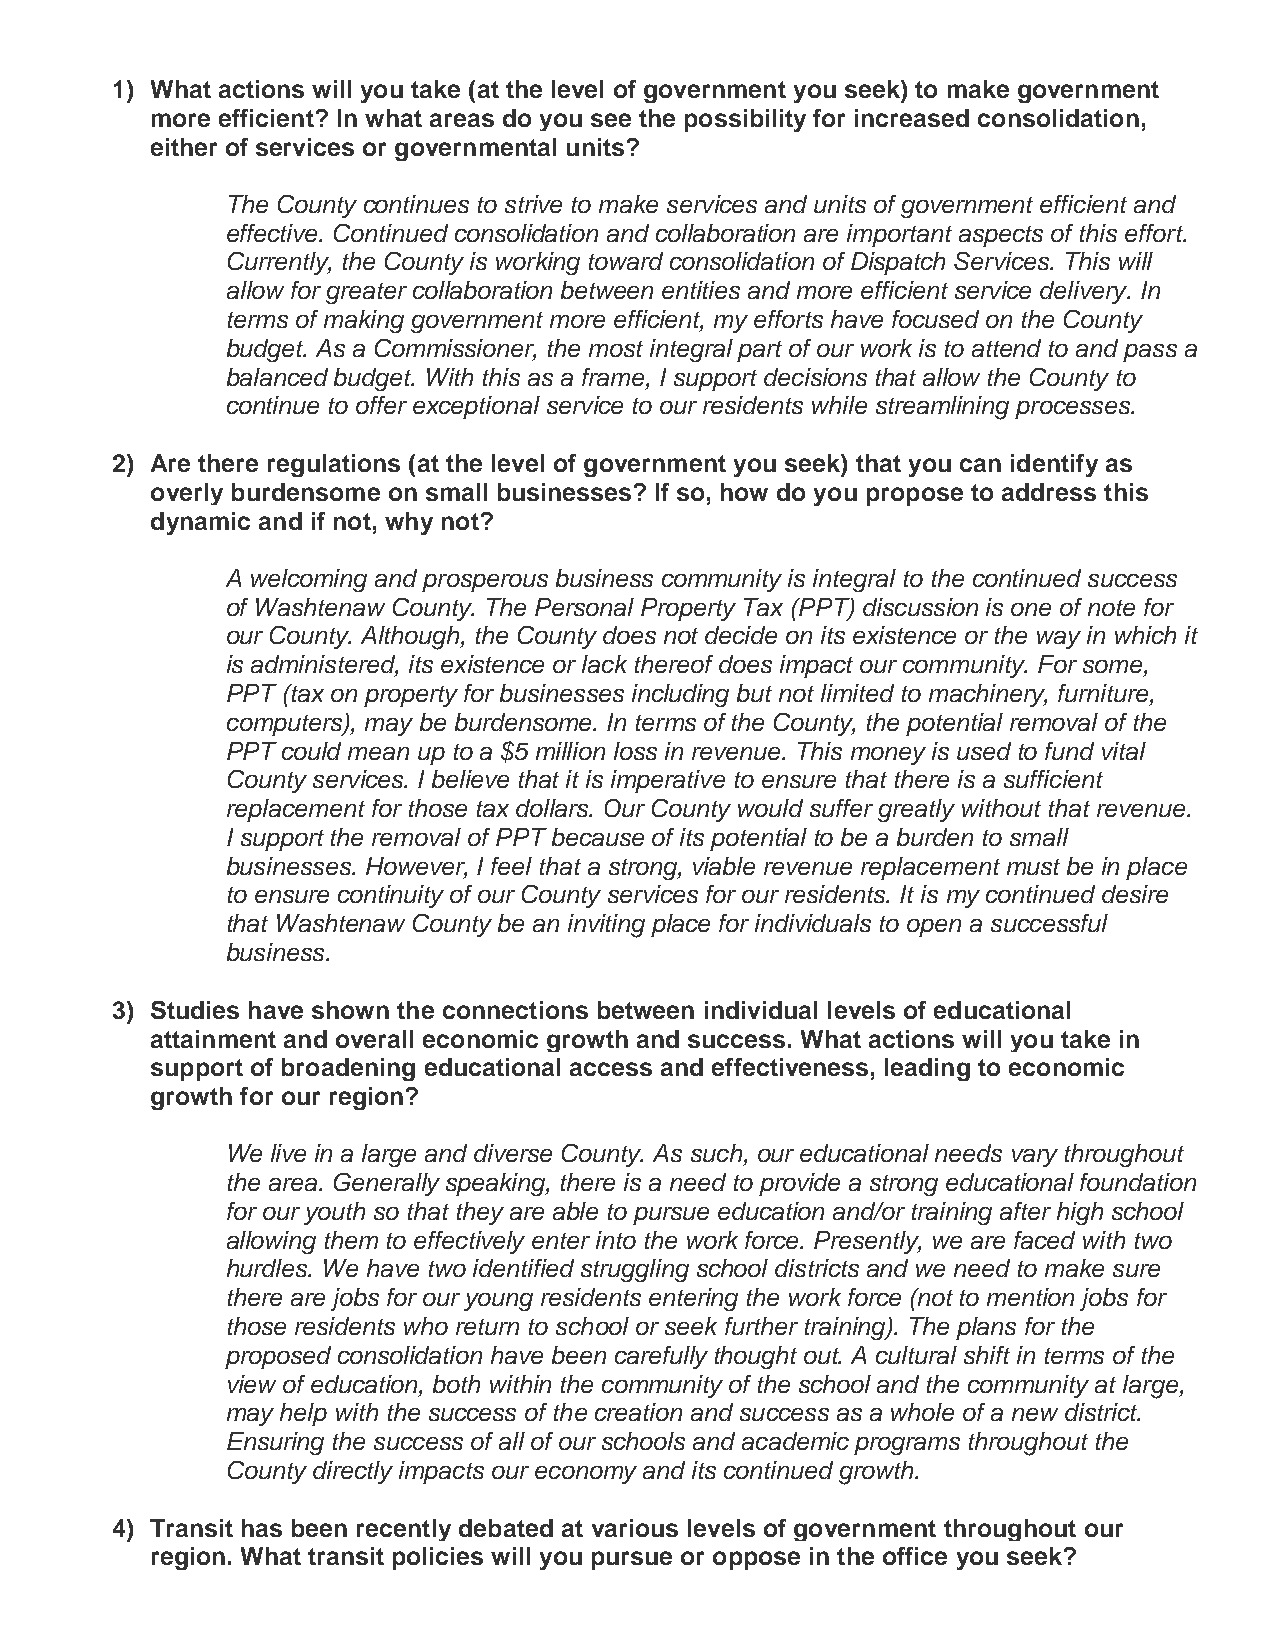
1) What actions will you take (at the level of government you seek) to make government
 more efficient? In what areas do you see the possibility for increased consolidation,
 either of services or governmental units?
 The County continues to strive to make services and units of government efficient and
 effective. Continued consolidation and collaboration are important aspects of this effort.
 Currently, the County is working toward consolidation of Dispatch Services. This will
 allow for greater collaboration between entities and more efficient service delivery. In
 terms of making government more efficient, my efforts have focused on the County
 budget. As a Commissioner, the most integral part of our work is to attend to and pass a
 balanced budget. With this as a frame, I support decisions that allow the County to
 continue to offer exceptional service to our residents while streamlining processes.
 2) Are there regulations (at the level of government you seek) that you can identify as
 overly burdensome on small businesses? If so, how do you propose to address this
 dynamic and if not, why not?
 A welcoming and prosperous business community is integral to the continued success
 of Washtenaw County. The Personal Property Tax (PPT) discussion is one of note for
 our County. Although, the County does not decide on its existence or the way in which it
 is administered, its existence or lack thereof does impact our community. For some,
 PPT (tax on property for businesses including but not limited to machinery, furniture,
 computers), may be burdensome. In terms of the County, the potential removal of the
 PPT could mean up to a $5 million loss in revenue. This money is used to fund vital
 County services. I believe that it is imperative to ensure that there is a sufficient
 replacement for those tax dollars. Our County would suffer greatly without that revenue.
 I support the removal of PPT because of its potential to be a burden to small
 businesses. However, I feel that a strong, viable revenue replacement must be in place
 to ensure continuity of our County services for our residents. It is my continued desire
 that Washtenaw County be an inviting place for individuals to open a successful
 business.
 3) Studies have shown the connections between individual levels of educational
 attainment and overall economic growth and success. What actions will you take in
 support of broadening educational access and effectiveness, leading to economic
 growth for our region?
 We live in a large and diverse County. As such, our educational needs vary throughout
 the area. Generally speaking, there is a need to provide a strong educational foundation
 for our youth so that they are able to pursue education and/or training after high school
 allowing them to effectively enter into the work force. Presently, we are faced with two
 hurdles. We have two identified struggling school districts and we need to make sure
 there are jobs for our young residents entering the work force (not to mention jobs for
 those residents who return to school or seek further training). The plans for the
 proposed consolidation have been carefully thought out. A cultural shift in terms of the
 view of education, both within the community of the school and the community at large,
 may help with the success of the creation and success as a whole of a new district.
 Ensuring the success of all of our schools and academic programs throughout the
 County directly impacts our economy and its continued growth.
 4) Transit has been recently debated at various levels of government throughout our
 region. What transit policies will you pursue or oppose in the office you seek?